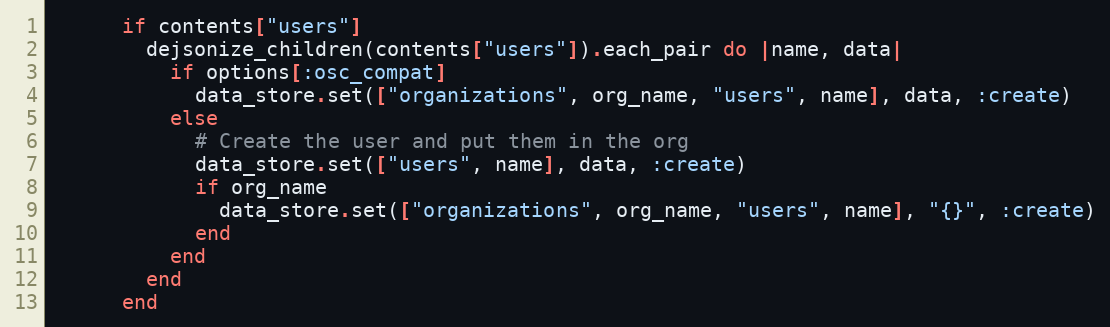
Language: Ruby
      if contents["users"]
        dejsonize_children(contents["users"]).each_pair do |name, data|
          if options[:osc_compat]
            data_store.set(["organizations", org_name, "users", name], data, :create)
          else
            # Create the user and put them in the org
            data_store.set(["users", name], data, :create)
            if org_name
              data_store.set(["organizations", org_name, "users", name], "{}", :create)
            end
          end
        end
      end